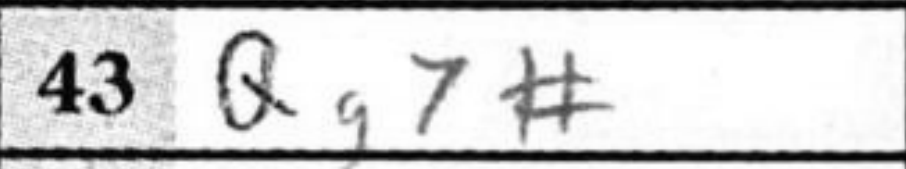
Transcription: Qg7#